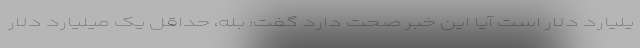
یلیارد دلار است آیا این خبر صحت دارد گفت: بله، حداقل یک میلیارد دلار